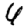
Digit: 6